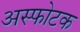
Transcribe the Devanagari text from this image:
अस्फोटक